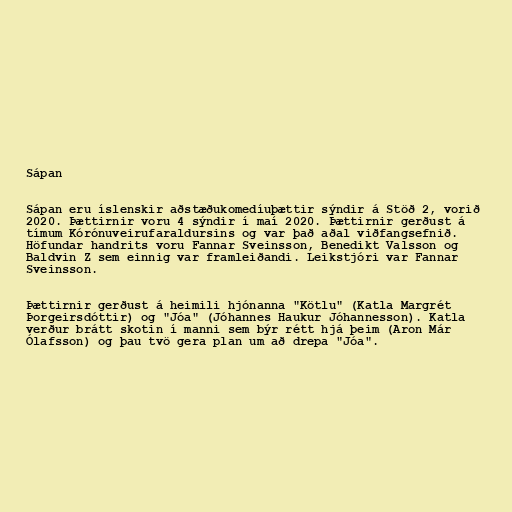
Sápan

Sápan eru íslenskir aðstæðukomedíuþættir sýndir á Stöð 2, vorið
2020. Þættirnir voru 4 sýndir í maí 2020. Þættirnir gerðust á
tímum Kórónuveirufaraldursins og var það aðal viðfangsefnið.
Höfundar handrits voru Fannar Sveinsson, Benedikt Valsson og
Baldvin Z sem einnig var framleiðandi. Leikstjóri var Fannar
Sveinsson.

Þættirnir gerðust á heimili hjónanna "Kötlu" (Katla Margrét
Þorgeirsdóttir) og "Jóa" (Jóhannes Haukur Jóhannesson). Katla
verður brátt skotin í manni sem býr rétt hjá þeim (Aron Már
Ólafsson) og þau tvö gera plan um að drepa "Jóa".